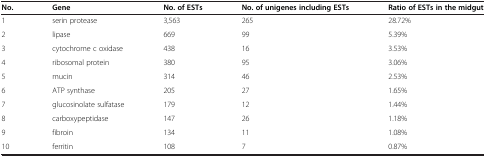
<table><thead><tr><td><b>No.</b></td><td><b>Gene</b></td><td><b>No. of ESTs</b></td><td><b>No. of unigenes including ESTs</b></td><td><b>Ratio of ESTs in the midgut</b></td></tr></thead><tbody><tr><td>1</td><td>serin protease</td><td>3,563</td><td>265</td><td>28.72%</td></tr><tr><td>2</td><td>lipase</td><td>669</td><td>99</td><td>5.39%</td></tr><tr><td>3</td><td>cytochrome c oxidase</td><td>438</td><td>16</td><td>3.53%</td></tr><tr><td>4</td><td>ribosomal protein</td><td>380</td><td>95</td><td>3.06%</td></tr><tr><td>5</td><td>mucin</td><td>314</td><td>46</td><td>2.53%</td></tr><tr><td>6</td><td>ATP synthase</td><td>205</td><td>27</td><td>1.65%</td></tr><tr><td>7</td><td>glucosinolate sulfatase</td><td>179</td><td>12</td><td>1.44%</td></tr><tr><td>8</td><td>carboxypeptidase</td><td>147</td><td>26</td><td>1.18%</td></tr><tr><td>9</td><td>fibroin</td><td>134</td><td>11</td><td>1.08%</td></tr><tr><td>10</td><td>ferritin</td><td>108</td><td>7</td><td>0.87%</td></tr></tbody></table>